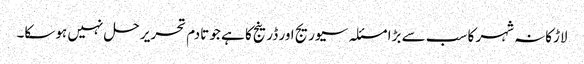
لاڑکانہ شہر کا سب سے بڑا مسئلہ سیوریج اور ڈرینج کا ہے جو تادم تحریر حل نہیں ہوسکا۔